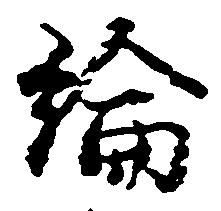
綸